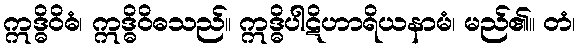
ဣဒ္ဓိဝိဓံ၊ ဣဒ္ဓိဝိဓသည်။ ဣဒ္ဓိပါဋိဟာရိယနာမံ၊ မည်၏။ တံ၊